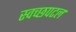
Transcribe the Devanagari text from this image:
स्वच्छपटल